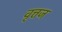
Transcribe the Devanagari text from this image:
वृत्तज